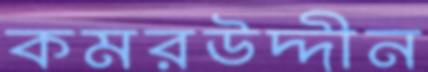
কমরউদ্দীন